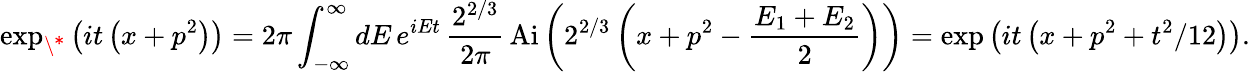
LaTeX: \exp_{\* }\left(it\left(x+p^{2}\right)\right)=2\pi\int_{-\infty}^{\infty}dE\, e^{iEt}\, \frac{2^{2/3}}{2\pi}\, \mathrm{Ai}\left(2^{2/3}\left(x+p^{2}-\frac{E_{1}+E_{2}}{2}\right)\right)=\exp\left(it\left(x+p^{2}+t^{2}/12\right)\right).